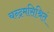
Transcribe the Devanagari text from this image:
चन्द्रमसिश्रितं